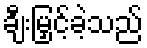
ချီးမြှင့်ခဲ့သည်